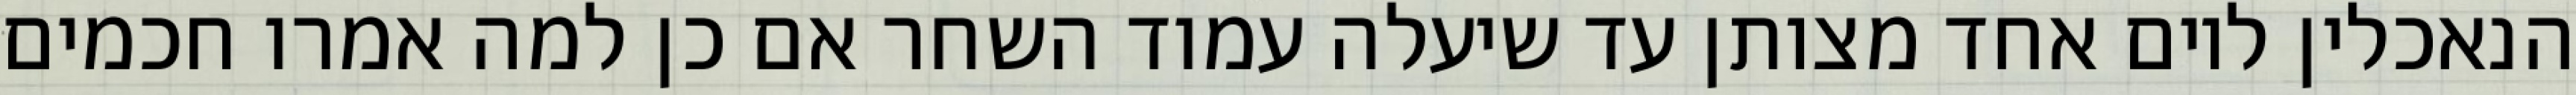
הנאכלין ליום אחד מצותן עד שיעלה עמוד השחר אם כן למה אמרו חכמים